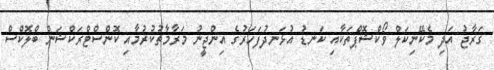
ގަރާޖު އަދި މެކޭނިކަލް ވޯކްޝޮޕްތަކާއި ކަނޑު އުޅަނދުފަހަރުގެ އިންޖީނު މަރާމާތުކުރުމާއި ކޮންސްޓްރަކްޝަން ބްލޮކްސް